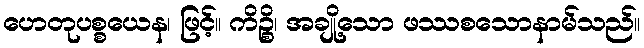
ဟေတုပစ္စယေန၊ ဖြင့်။ ကိဉ္စိ၊ အချို့သော ဖဿစသောနာမ်သည်။